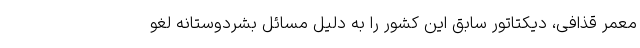
معمر قذافی، دیکتاتور سابق این کشور را به دلیل مسائل بشردوستانه لغو